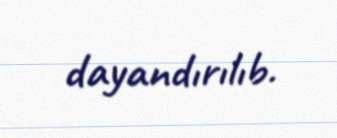
dayandırılıb.